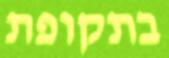
בתקופת